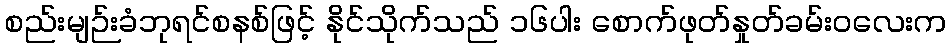
စည်းမျဉ်းခံဘုရင်စနစ်ဖြင့် နိုင်သိုက်သည် ၁၆ပါး စောက်ဖုတ်နှုတ်ခမ်းဝလေးက